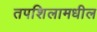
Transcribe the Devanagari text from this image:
तपशिलामधील